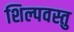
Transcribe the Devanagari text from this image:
शिल्पवस्तु